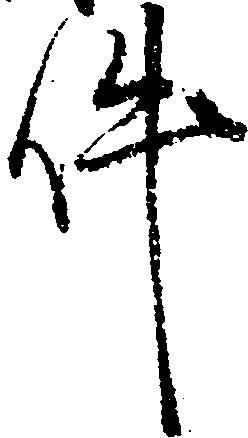
件